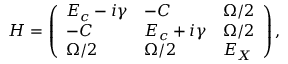
H = \left( \begin{array} { l l l } { E _ { c } - i \gamma } & { - C } & { \Omega / 2 } \\ { - C } & { E _ { c } + i \gamma } & { \Omega / 2 } \\ { \Omega / 2 } & { \Omega / 2 } & { E _ { X } } \end{array} \right) ,